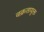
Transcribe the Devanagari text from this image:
वक्रतायुक्त